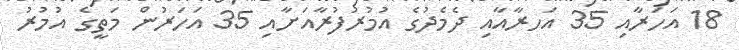
18 އަހަރާއި 35 އަހރާއާއި ދެމެދުގެ އުމުރުފުރާއަށާއި 35 އަހަރުން މަތީގެ އުމުރު